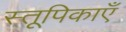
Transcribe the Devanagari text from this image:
स्तूपिकाएँ